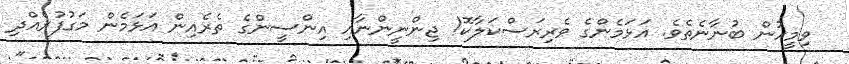
ވިމީހުން ބުނާނެތެވެ. އަޅަމެންގެ ވެރިރަސްކަލާކޮ! ޖިންނީންނާއި އިންސީންގެ ތެރެއިން އަޅަމެން މަގުފުރެއްދި